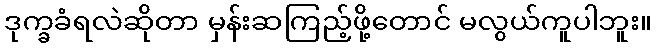
ဒုက္ခခံရလဲဆိုတာ မှန်းဆကြည့်ဖို့တောင် မလွယ်ကူပါဘူး။